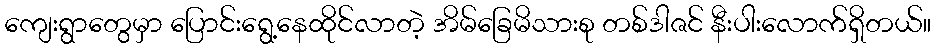
ကျေးရွာတွေမှာ ပြောင်းရွေ့နေထိုင်လာတဲ့ အိမ်ခြေမိသားစု တစ်ဒါဇင် နီးပါးလောက်ရှိတယ်။